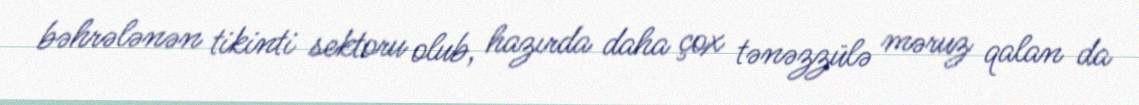
bəhrələnən tikinti sektoru olub, hazırda daha çox tənəzzülə məruz qalan da